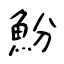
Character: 魵